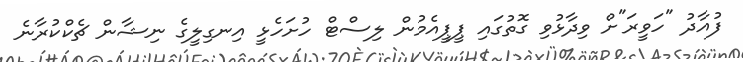
ފުއާދު "ހަވީރަ"ށް ވިދާޅުވި ގޮތުގައި ޕީޕީއެމުން ލިސްޓް ހުށަހެޅީ އިނގިލީގެ ނިޝާން ޗެކްކުރާނެ